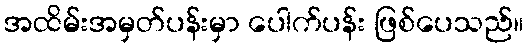
အထိမ်းအမှတ်ပန်းမှာ ပေါက်ပန်း ဖြစ်ပေသည်။